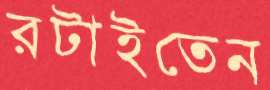
রটাইতেন